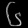
Digit: ၆